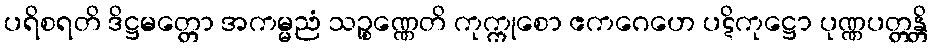
ပရိစရတိ ဒိဋ္ဌမတ္တော အကမ္မညံ သဉ္စုဏ္ဏေတိ ကုက္ကုစော ဧကဂေဟေ ပဋိကုဋ္ဌော ပုဏ္ဏပတ္တန္တိ